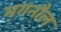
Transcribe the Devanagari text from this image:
भगनौल